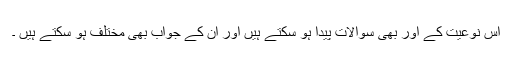
اس نوعیت كے اور بھی سوالات پیدا ہو سكتے ہیں اور ان كے جواب بھی مختلف ہو سكتے ہیں ۔